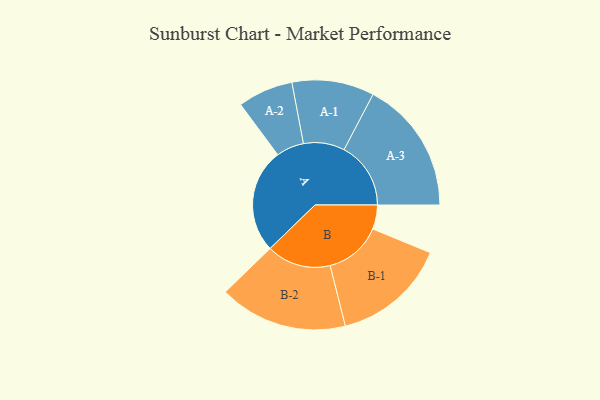
{"axis": {"x": "Segment", "y": "Value"}, "legend": ["", "A", "B"], "data": [{"x": "A", "y": 460, "type": ""}, {"x": "B", "y": 106, "type": ""}, {"x": "A-1", "y": 181, "type": "A"}, {"x": "A-2", "y": 122, "type": "A"}, {"x": "A-3", "y": 294, "type": "A"}, {"x": "B-1", "y": 252, "type": "B"}, {"x": "B-2", "y": 283, "type": "B"}]}